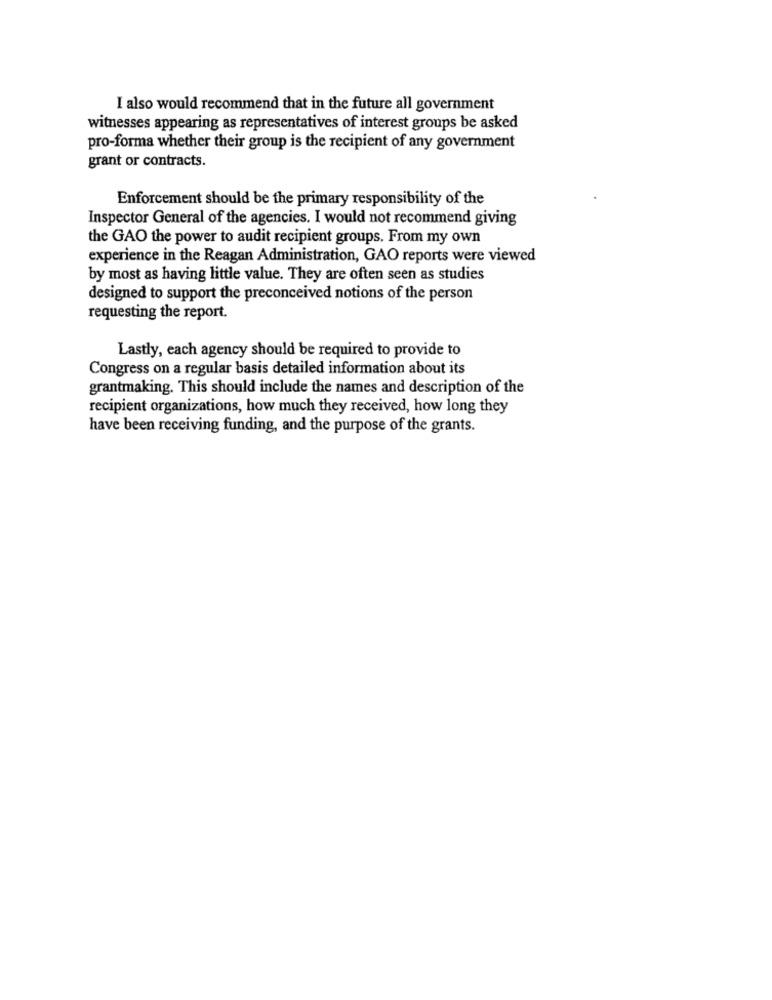
I also would recommend that in the future all government
witnesses appearing as representatives of interest groups be asked
pro-forma whether their group is the recipient of any government
grant or contracts.
Enforcement should be the primary responsibility of the
Inspector General of the agencies. I would not recommend giving
the GAO the power to audit recipient groups. From my own
experience in the Reagan Administration, GAO reports were viewed
by most as having little value. They are often seen as studies
designed to support the preconceived notions of the person
requesting the report.
Lastly, each agency should be required to provide to
Congress on a regular basis detailed information about its
grantmaking. This should include the names and description of the
recipient organizations, how much they received, how long they
have been receiving funding, and the purpose of the grants.